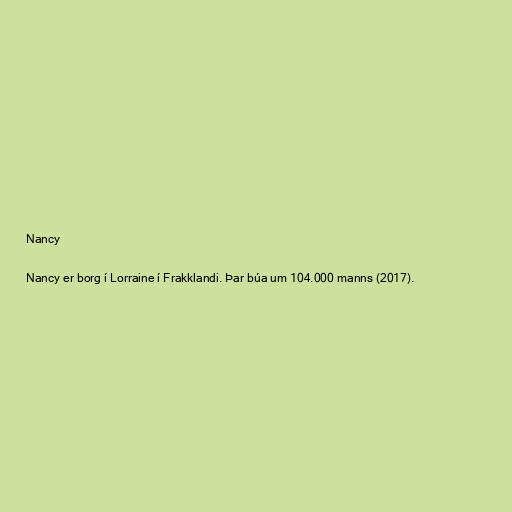
Nancy

Nancy er borg í Lorraine í Frakklandi. Þar búa um 104.000 manns (2017).